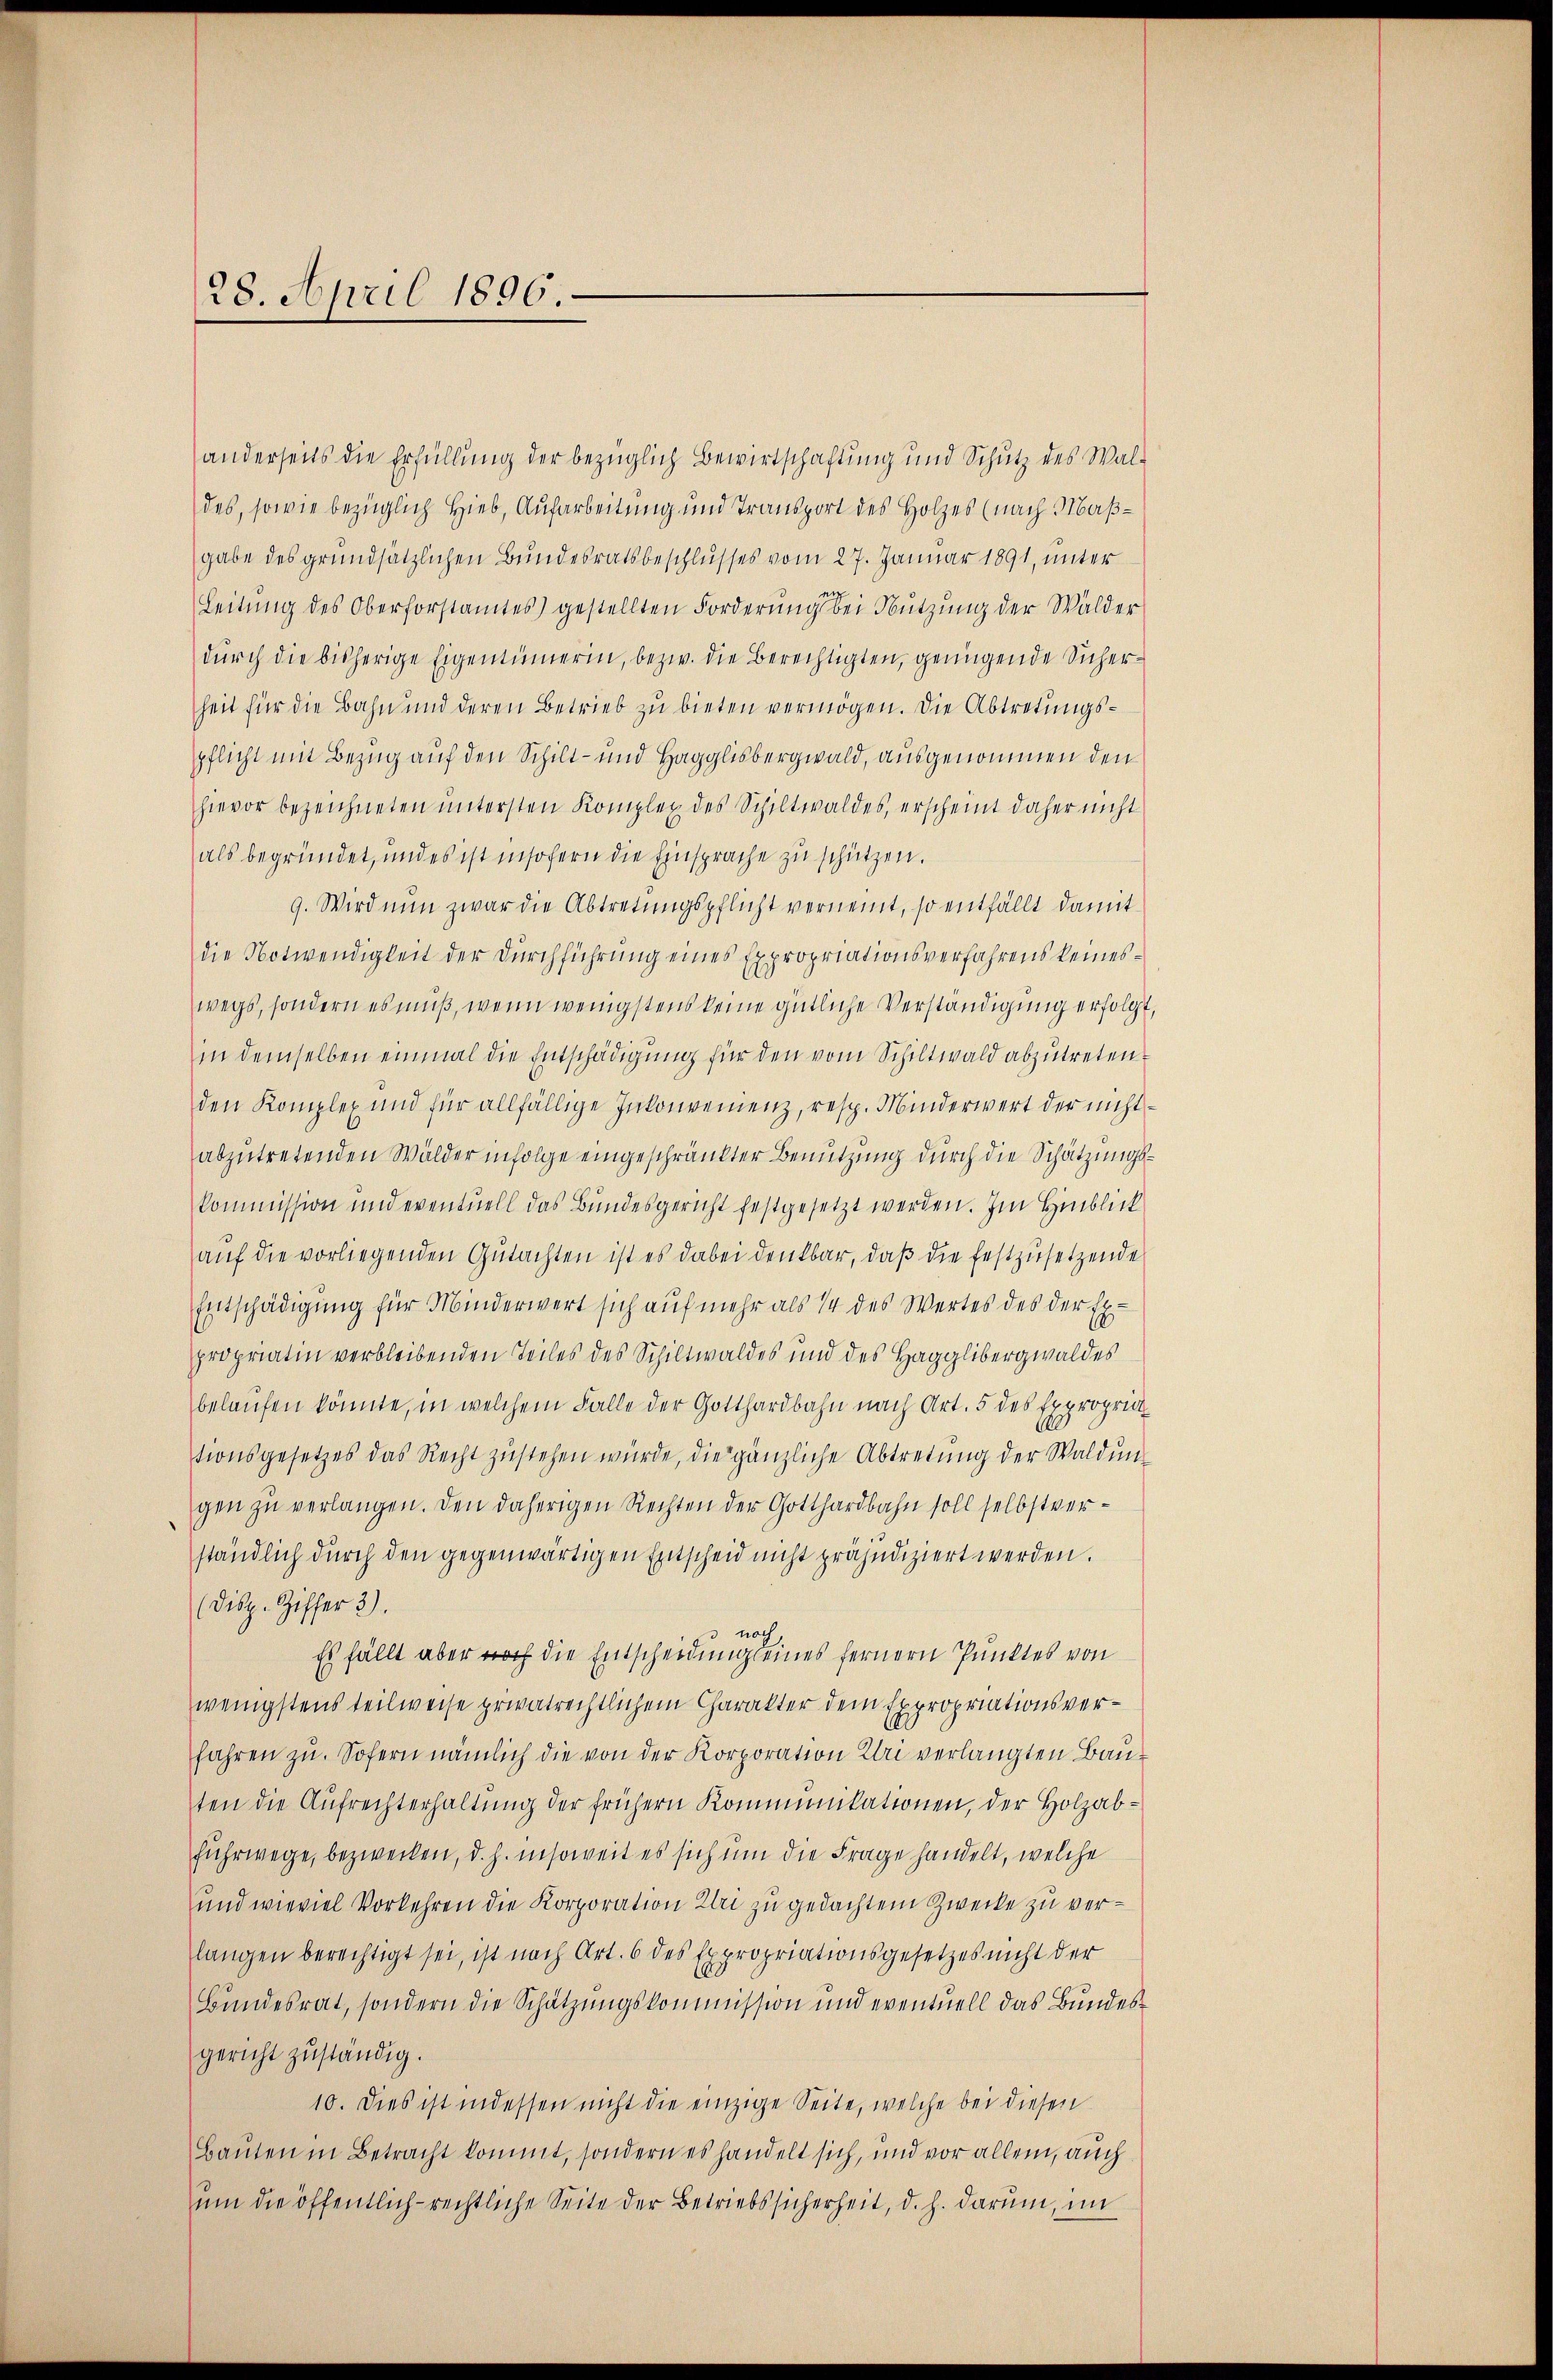
anderseits die Erfüllung der bezüglich Bewirtschaftung und Schutz des Waldes, sowie bezüglich Hieb, Aufarbeitung und Transport des Holzes (nach Maßgabe des grundsätzlichen Bundesratsbeschlusses vom 27. Januar 1891, unter
Leitung des Oberforstamtes) gestellten Forderung bei Nutzung der Wälder
durch die bisherige Eigentümerin, bezw. die Berechtigten, genügende Sicherheit für die Bahn und deren Betrieb zu bieten vermögen. Die Abtretungspflicht mit Bezug auf den Schilt- und Hagglisbergwald, ausgenommen den
hievor bezeichneten ŭntersten Komplex des Schiltwaldes, erscheint daher nicht
als begründet, und es ist insofern die Einsprache zu schützen.
9. Wird nun zwar die Abtretungspflicht vernennt, so entfällt damit
die Notwendigkeit der Durchführung eines Expropriationsverfahrens keineswegs, sondern es muß, wenn wenigstens keine gütliche Verständigung erfolgt,
in demselben einmal die Entschädigung für den vom Schiltwald abzutreten.
den Komplex und für allfällige Inkonvenienz, resp. Minderwert der nichtabzutretenden Wälder infolge eingeschränkter Benutzung durch die Schätzungskommission und eventuell das Bundesgericht festgesetzt werden. Im Hinblick
auf die vorliegenden Gutachten ist es dabei denkbar, daß die festzusetzende
Entschädigung für Minderwert sich auf mehr als 14 des Wertes des der Expropriatin verbleibenden Teiles des Schiltwaldes und des Hagglibergwaldes
belaufen könnte, in welchem Falle der Gotthardbahn nach Art. 5 des Expropria
tionsgesetzes das Recht zŭstehen würde, die gänzliche Abtretung der Waldun-
gen zu verlangen. Den daherigen Rechten der Gotthardbahn soll selbstverständlich durch den gegenwärtigen Entscheid nicht präjudiziert werden.
(Disp. Ziffer 3).
noc
Es fällt aber noch die Entscheidung seines fernern Punktes von
wenigstens teilweise privatrechtlichem Charakter dem Expropriationsverfahren zu. Sofern nämlich die von der Korporation Uri verlangten Bau-
ten die Aufrechterhaltung der frühern Kommunikationen, der Holzab¬
Fuhrwege, bezwecken, d. h. insoweit es sich um die Frage handelt, welche
und wieviel Vorkehren die Korporation Klei zu gedachtem Zwecke zu verlangen berechtigt sei, ist nach Art. 6 des Expropriationsgesetzes nicht der
Bundesrat, sondern die Schätzungskommission und eventuell das Bundesgericht zŭständig.
10. Dies ist indessen nicht die einzige Seite, welche bei diesen
Bauten in Betracht kommt, sondern es handelt sich, und vor allem, auch
um die öffentlich-rechtliche Seite der Betriebssicherheit, d. h. darum, im

28. April 1896.